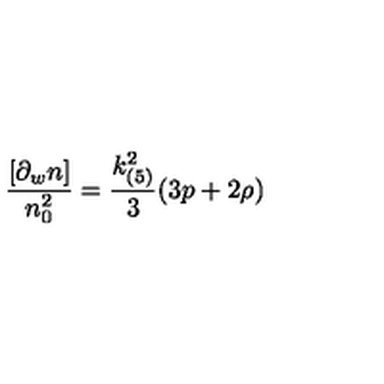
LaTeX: \frac { [ \partial _ { w } n ] } { n _ { 0 } ^ { 2 } } = \frac { k _ { ( 5 ) } ^ { 2 } } { 3 } ( 3 p + 2 \rho )